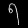
Digit: ၅